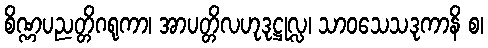
စိဏ္ဏပညတ္တိဂရုကာ၊ အာပတ္တိလဟုဒုဋ္ဌုလ္လ၊ သာဝသေသဒုကာနိ စ၊